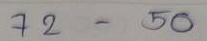
72 - 50